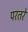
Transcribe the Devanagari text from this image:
परतरे